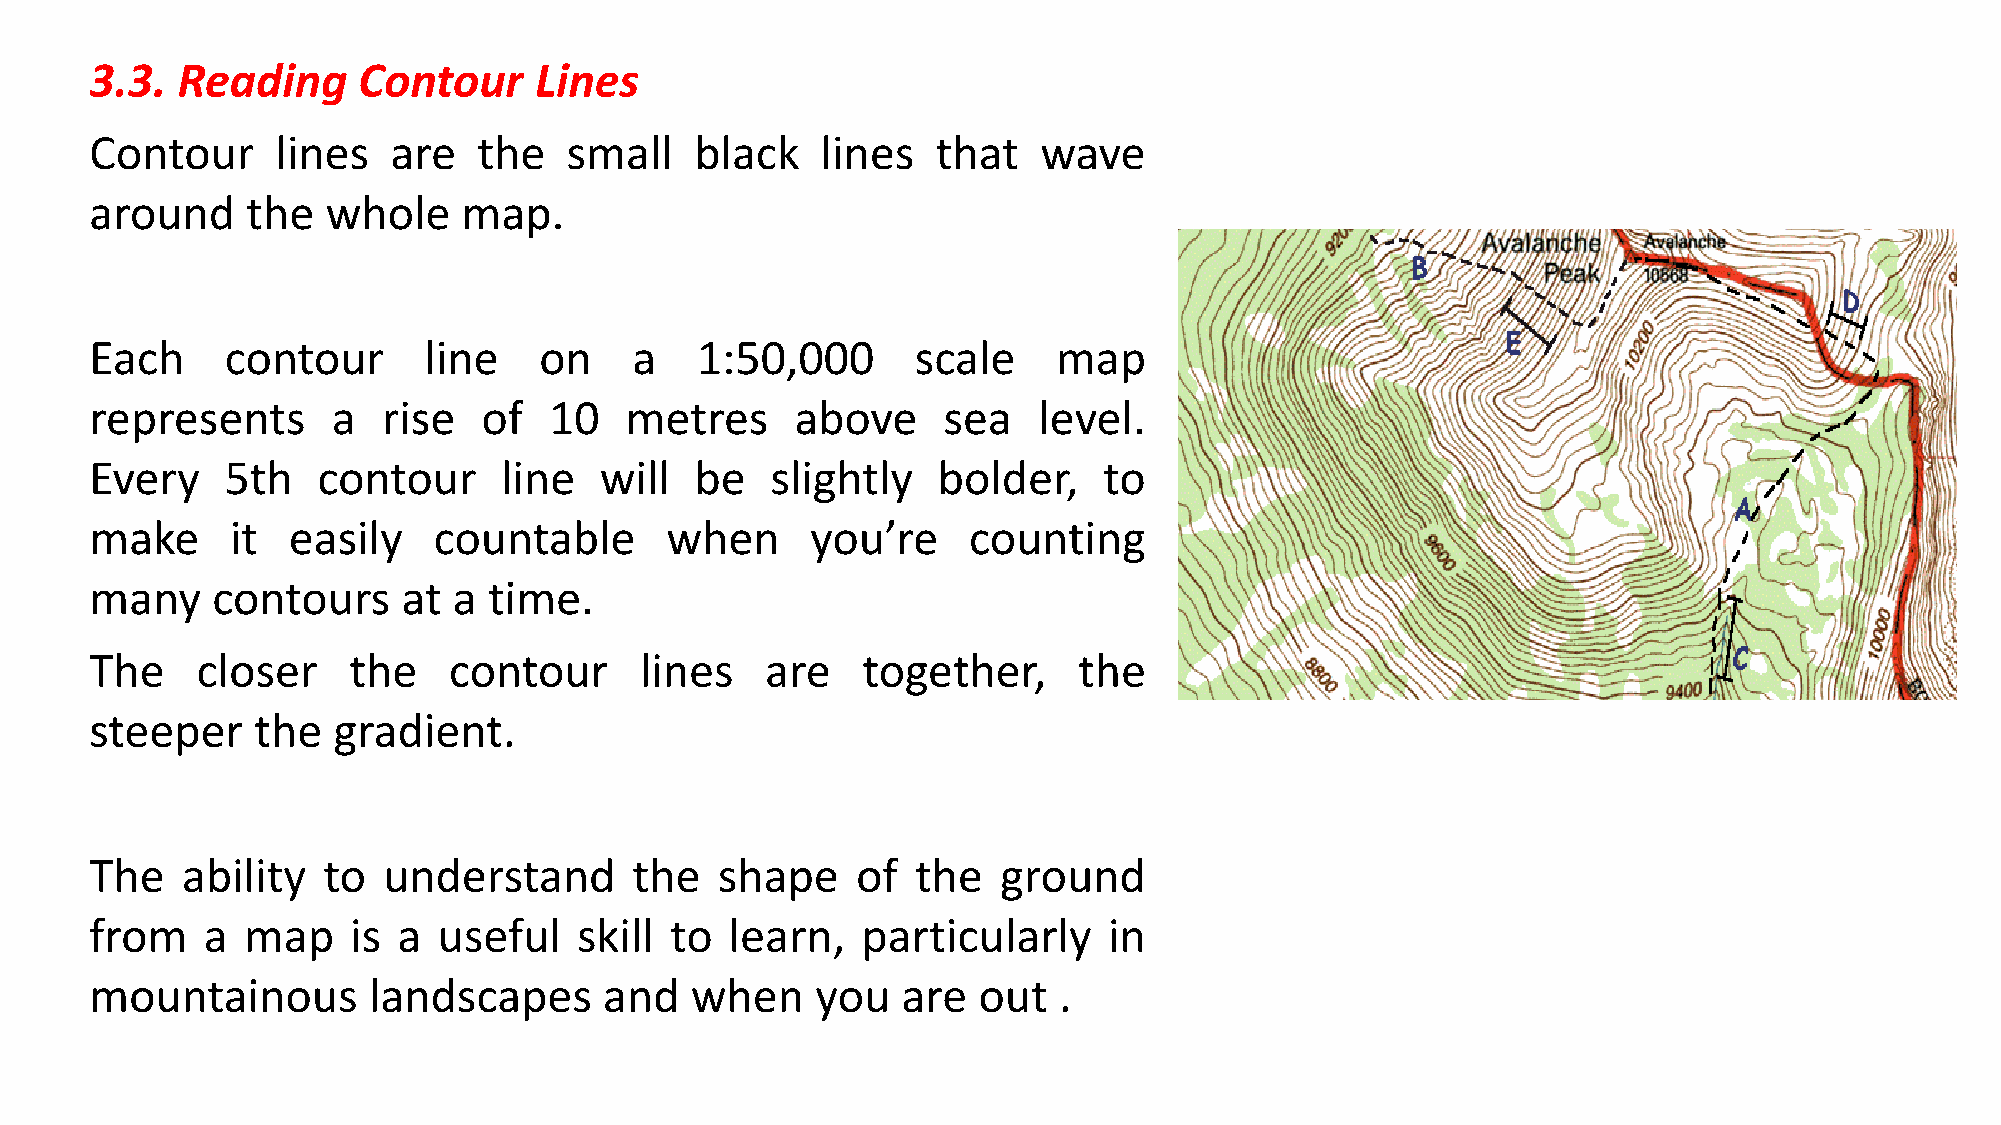
3.3.  Reading     Contour    Lines
 Contour     lines   are   the  small    black   lines   that   wave
 around    the   whole    map.
 Each     contour      line    on    a   1:50,000       scale    map
 represents      a  rise   of  10   metres      above    sea    level.
 Every    5th   contour     line   will  be   slightly   bolder,    to
 make     it  easily    countable      when      you’re    counting
 many    contours     at a time.
 The    closer    the    contour     lines    are   together,     the
 steeper    the  gradient.
 The   ability  to  understand       the   shape    of  the  ground
 from   a  map    is a  useful   skill to  learn,   particularly    in
 mountainous       landscapes      and   when    you   are  out  .